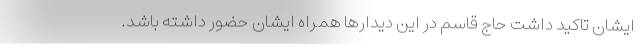
ایشان تاکید داشت حاج قاسم در این دیدارها همراه ایشان حضور داشته باشد.